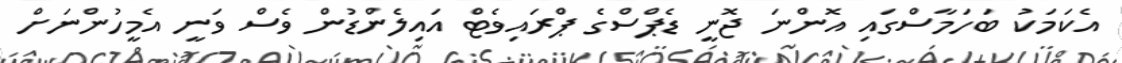
އެކަމަކު ބަހަމާސްގައި އޮންނަ ޖޮނީ ޑެޕްސްގެ ޕްރައިވެޓް އައިލެންޑުން ވެސް ވަނީ އެމީހުންނަށް